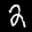
Label: 2